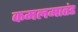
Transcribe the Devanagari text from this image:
कमलमातंड